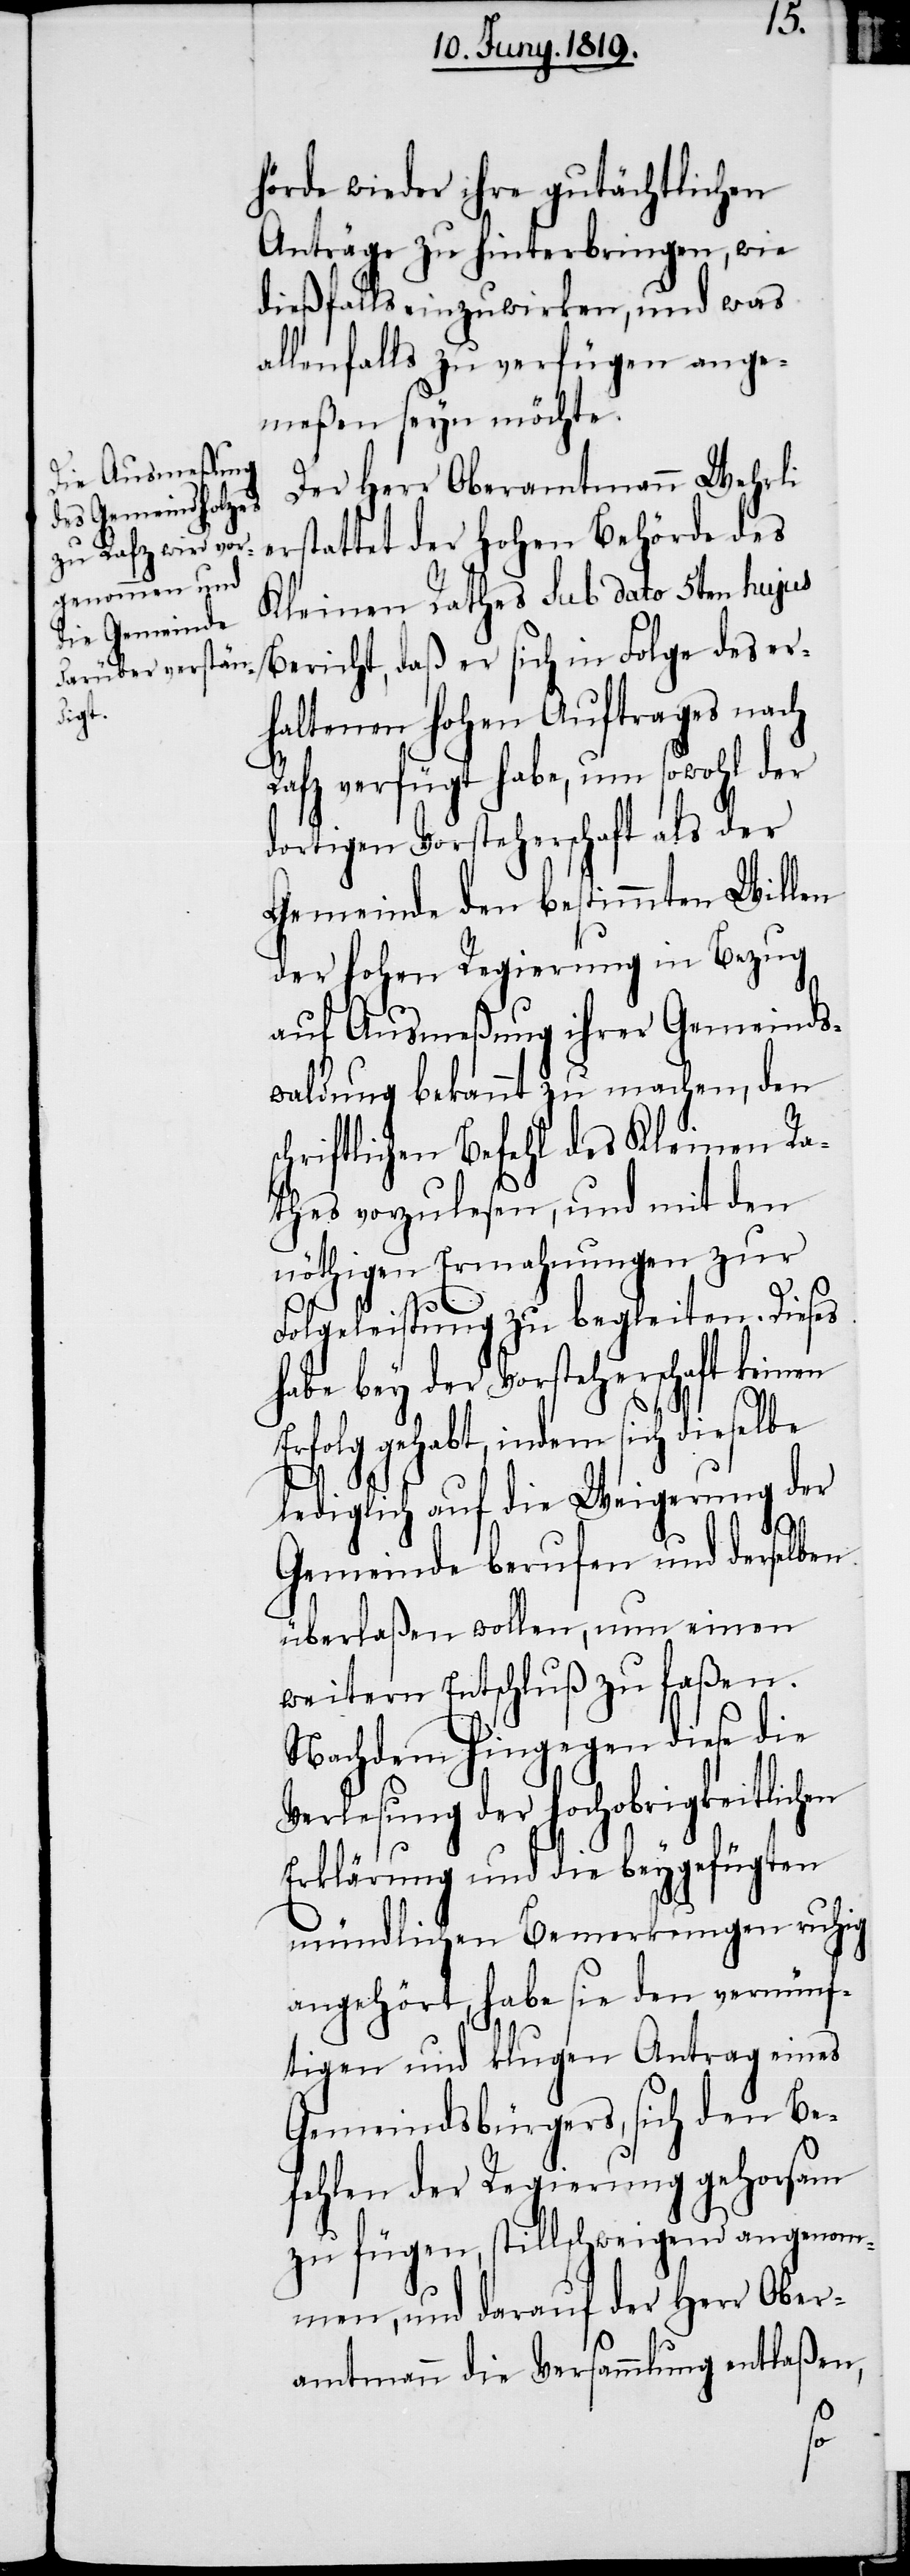
hörde wieder ihre gutächtlichen
Anträge zu hinterbringen, wie
dießfalls einzuwirken, und was
allenfalls zu verfügen ange¬
meßen seyn möchte.
Der Herr Oberamtmann Wehrli
erstattet der hohen Behörde des
Kleinen Rathes sub dato 5ten hujus
Bericht, daß er sich in Folge des er¬
haltenen hohen Auftrages nach
Rafz verfügt habe, um sowohl der
dortigen Vorsteherschaft als der
Gemeinde den bestimmten Willen
der hohen Regierung in Bezug
elbe
auf Ausmeßung ihrer Gemeinds¬
waldung bekannt zu machen, den
chriftlichen Befehl des Kleinen Ra¬
thes vorzulesen, und mit den
nöthigen Ermahnungen zur
Folgeleistung zu begleiten. Dieses
habe bey der Vorsteherschaft keinen
gehabt, indem sich dies¬
lediglich auf die Weigerung der
Gemeinde berufen und derselben
überlaßen wollen, nun einen
weitern Entschluß zu faßen.
Nachdem hingegen diese die
Verlesung der hochobrigkeitlichen
Erklärung und die beygefügten
mündlichen Bemerkungen ruhig
angehört, habe sie den vernünf¬
tigen und klugen Antrag eines
Gemeindsbürgers, sich den Be¬
fehlen der Regierung gehorsam
zu fügen, stillschweigend angenom¬
men, und darauf der Herr Ober¬
amtmann die Versammlung entlaßen,
s¬